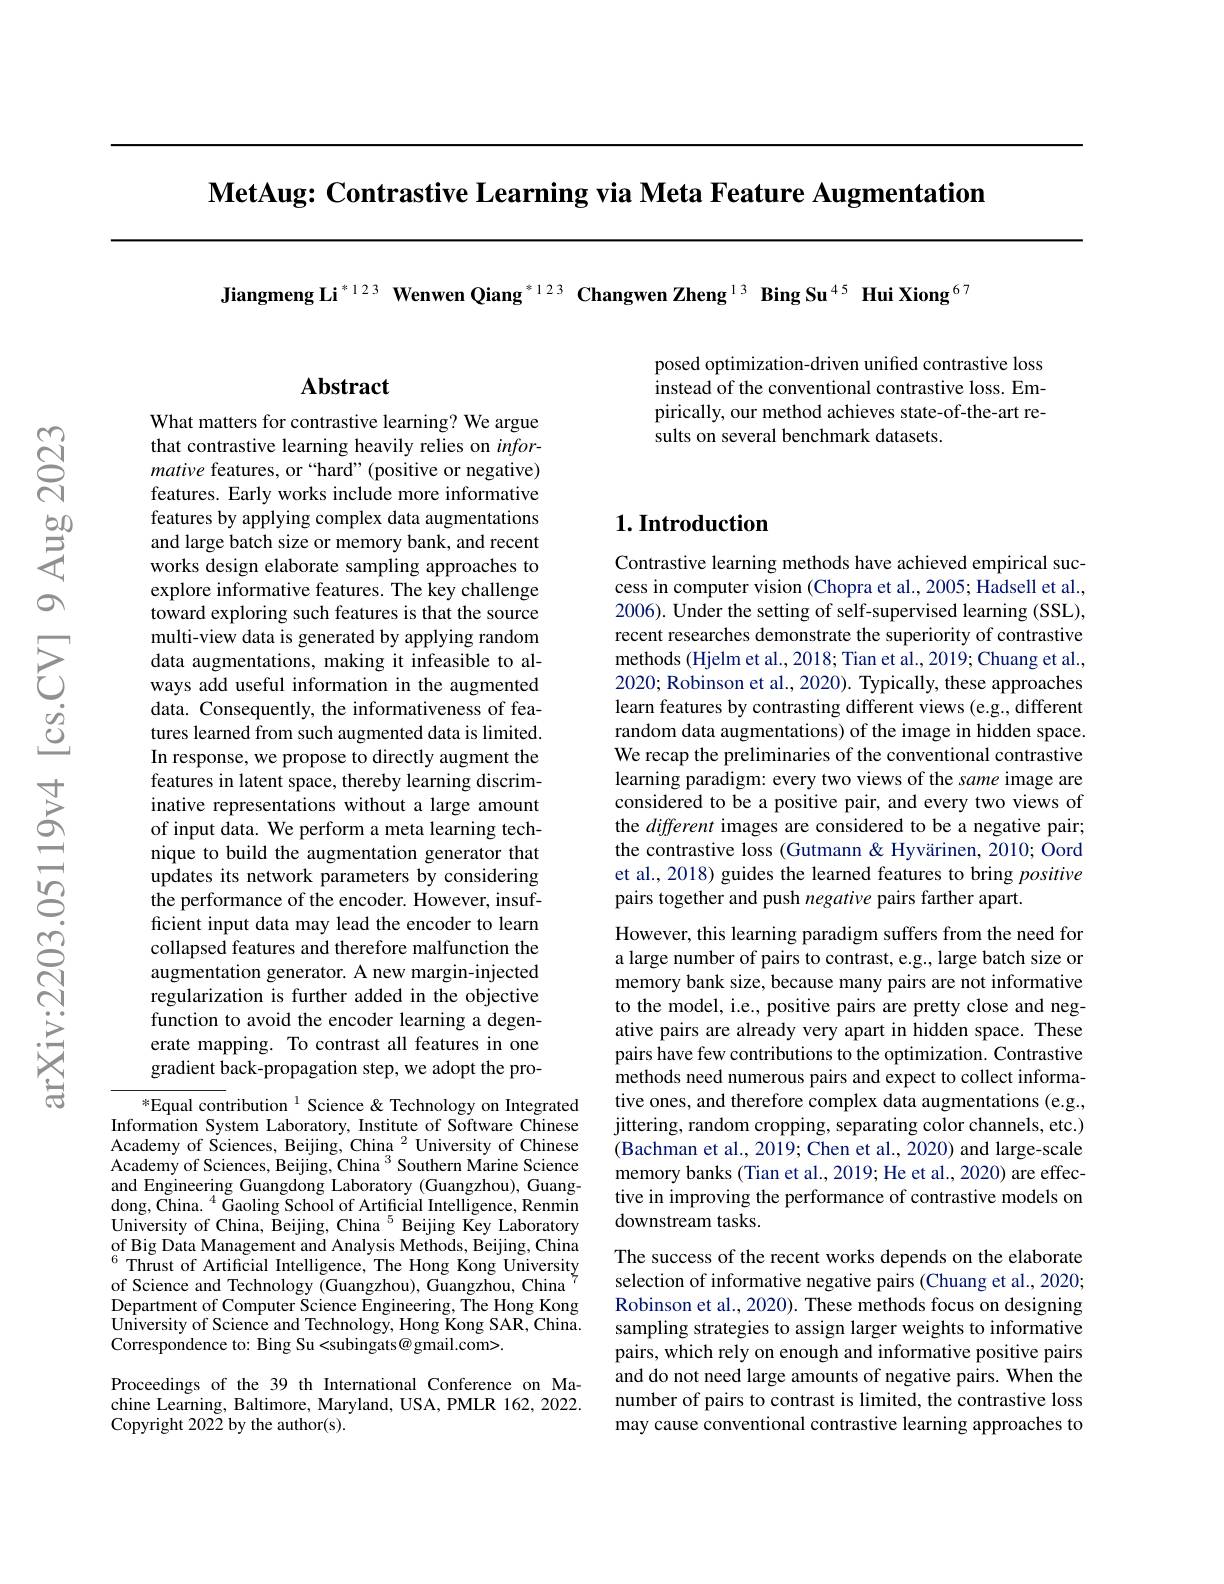
$\textbf{MetAug: Contrastive Learning via Meta Feature Augmentation}$

Jiangmeng Li$^{*123}$ Wenwen Qiang$^{*123}$ Changwen Zheng$^{13}\textbf{ Bing Su}^{45}\textbf{ Hui Xiong}^{67}$

posed optimization-driven unified contrastive loss instead of the conventional contrastive loss. Empirically, our method achieves state-of-the-art results on several benchmark datasets.

# Abstract

What matters for contrastive learning? We argue that contrastive learning heavily relies on $infor-$ mative features, or “hard”(positive or negative) features. Early works include more informative features by applying complex data augmentations and large batch size or memory bank, and recent works design elaborate sampling approaches to explore informative features. The key challenge toward exploring such features is that the source multi-view data is generated by applying random data augmentations, making it infeasible to always add useful information in the augmented data. Consequently, the informativeness of features learned from such augmented data is limited. In response, we propose to directly augment the features in latent space, thereby learning discriminative representations without a large amount of input data. We perform a meta learning technique to build the augmentation generator that updates its network parameters by considering the performance of the encoder. However, insufficient input data may lead the encoder to learn collapsed features and therefore malfunction the augmentation generator. A new margin-injected regularization is further added in the objective function to avoid the encoder learning a degenerate mapping. To contrast all features in one gradient back-propagation step, we adopt the pro-

$^{*}$Equal contribution$^{1}$Science&Technology on Integrated Information System Laboratory, Institute of Software Chinese Academy of Sciences, Beijing, China $^{2}$ University of Chinese Academy of Sciences, Beijing, China $^{3}$ Southern Marine Science and Engineering Guangdong Laboratory (Guangzhou), Guangdong, ${\bar{\text{China. }} ^4}{\bar{\text{Gaoling School of Artificial Intelligence, Renmin}} }$ University of China, Beijing, China $^{5}$ Beijing Key Laboratory of Big Data Management and Analysis Methods, Beijing, China $^{6}$Thrust of Artificial Intelligence, The Hong Kong University of Science and Technology (Guangzhou), Guangzhou, China Department of Computer Science Engineering, The Hong Kong University of Science and Technology, Hong Kong SAR, China. Correspondence to: Bing Su<subingats@gmail.com>

Proceedings of the 39 th International Conference on Machine Learning, Baltimore, Maryland, USA, PMLR 162, 2022. Copyright 2022 by the author(s).

## $1. \textbf{Introduction}$

Contrastive learning methods have achieved empirical success in computer vision (Chopra et al., 2005; Hadsell et al., 2006). Under the setting of self-supervised learning (SSL), recent researches demonstrate the superiority of contrastive methods (Hjelm et al., 2018; Tian et al., 2019; Chuang et al., 2020; Robinson et al., 2020). Typically, these approaches learn features by contrasting different views (e.g., different random data augmentations) of the image in hidden space. We recap the preliminaries of the conventional contrastive learning paradigm: every two views of the same image are considered to be a positive pair, and every two views of the different images are considered to be a negative pair; the contrastive loss (Gutmann & Hyvärinen, 2010; Oord et al., 2018) guides the learned features to bring positive pairs together and push negative pairs farther apart.

However, this learning paradigm suffers from the need for a large number of pairs to contrast, e.g., large batch size or memory bank size, because many pairs are not informative to the model, i.e., positive pairs are pretty close and negative pairs are already very apart in hidden space. These pairs have few contributions to the optimization. Contrastive methods need numerous pairs and expect to collect informative ones, and therefore complex data augmentations (e.g., jittering, random cropping, separating color channels, etc.) (Bachman et al., 2019; Chen et al., 2020) and large-scale memory banks (Tian et al., 2019; He et al., 2020) are effective in improving the performance of contrastive models on downstream tasks.

The success of the recent works depends on the elaborate selection of informative negative pairs (Chuang et al., 2020; Robinson et al., 2020). These methods focus on designing sampling strategies to assign larger weights to informative pairs, which rely on enough and informative positive pairs and do not need large amounts of negative pairs. When the number of pairs to contrast is limited, the contrastive loss may cause conventional contrastive learning approaches to